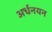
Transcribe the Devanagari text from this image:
अर्धनयन